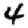
Digit: 4